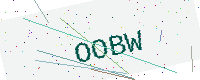
Text: OOBW